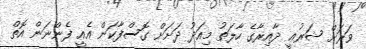
ވަރަށް ޝަރުޢީ ދާއިރާގެ ހާލަތު މިއަދު ދަށަށް ގޮސްފާކަން އެއީ ފެންނަން އޮތް